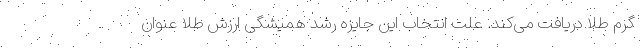
گرم طلا دریافت می‌کند. علت انتخاب این جایزه رشد همیشگی ارزش طلا عنوان